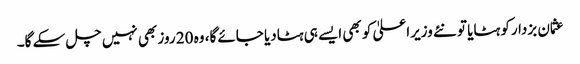
عثمان بزدارکو ہٹایا تو نئے وزیراعلیٰ کو بھی ایسے ہی ہٹادیا جائے گا، وہ 20 روز بھی نہیں چل سکے گا۔